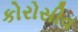
કોરોસીવ